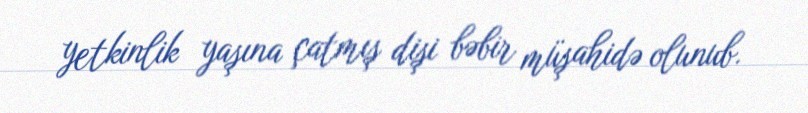
yetkinlik yaşına çatmış dişi bəbir müşahidə olunub.